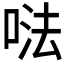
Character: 𠵽